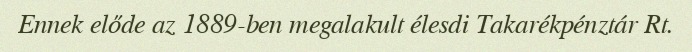
Ennek előde az 1889-ben megalakult élesdi Takarékpénztár Rt.